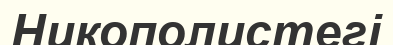
Никополистегі